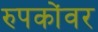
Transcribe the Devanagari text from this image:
रुपकोंवर